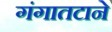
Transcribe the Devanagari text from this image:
गंगातटाने